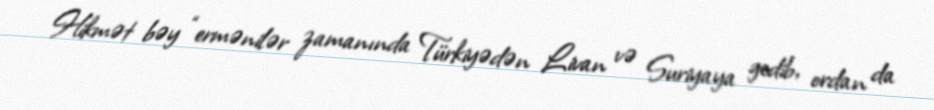
Hikmət bəy “ermənilər zamanında Türkiyədən Livan və Suriyaya gedib, ordan da